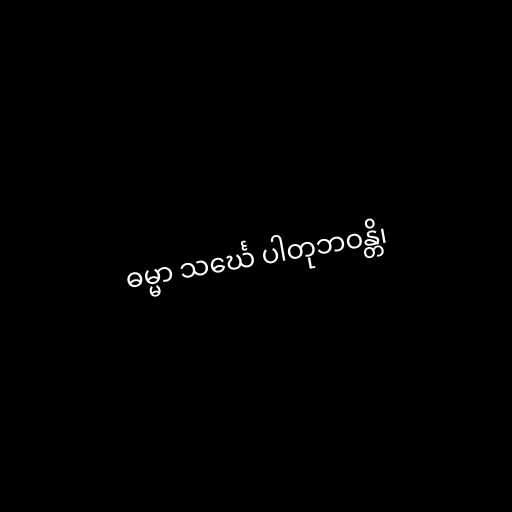
ဓမ္မာ သင်္ဃေ ပါတုဘဝန္တိ၊